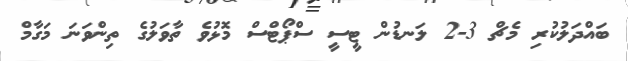
ބައްދަލުކުރި މެޗް 3-2 ލަނޑުން ޓީސީ ސްޕޯޓްސް މޮޅުވެ ތާވަލުގެ ތިންވަނަ މަގާމް